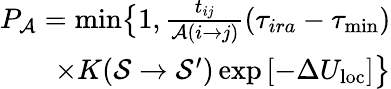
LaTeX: \begin{array}{r}{P_{\mathcal{A}}=\operatorname*{min}\bigr\{ 1,\frac{t_{ij}}{\mathcal{A}(i\rightarrow j)}\left(\tau_{ira}-\tau_{\mathrm{min}}\right)}\\ {\times K(\mathcal{S}\rightarrow\mathcal{S}^{\prime})\exp\left[-\Delta U_{\mathrm{loc}}\right]\bigr\} }\end{array}